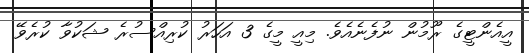
އީއެންޓީގެ ރޫމުން ނުފެނެއެވެ. މިއީ މީގެ 3 އަހަރު ކުރިއްސުރެ ޝަކުވާ ކުރެވޭ